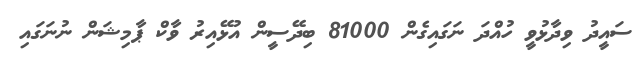
ސައީދު ވިދާޅުވީ ހުއްދަ ނަގައިގެން 81000 ބިދޭސީން އުޅޭއިރު ވާކް ޕާމިޝަން ނުނަގައި